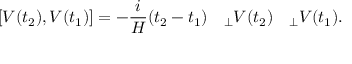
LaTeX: [ V ( t _ { 2 } ) , V ( t _ { 1 } ) ] = - \frac { i } { { \cal H } } ( t _ { 2 } - t _ { 1 } ) \mathrm { \boldmath ~ \nabla ~ } _ { \perp } V ( t _ { 2 } ) \mathrm { \boldmath ~ \nabla ~ } _ { \perp } V ( t _ { 1 } ) .